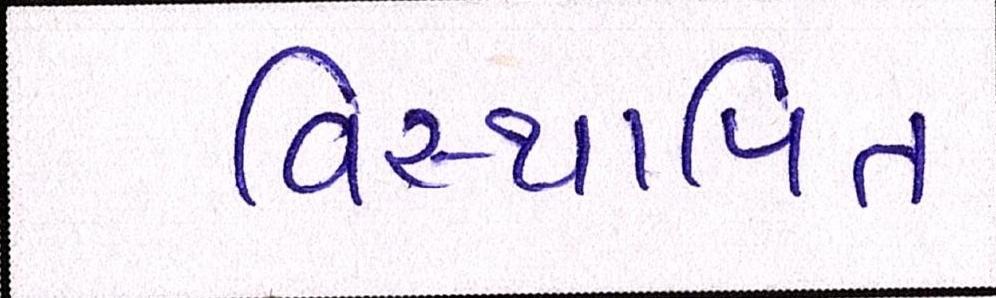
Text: વિસ્થાપિત